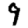
Digit: 9